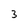
Character: 3